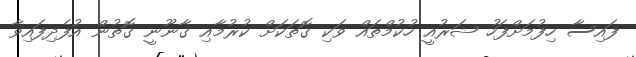
ފައިސާ ހިފުމަށްފަހު ޝަރުއީ ހުކުމްތައް ވަކި ގޮތަކަށް ކުރުމާއި ގާނޫނީ ގޮތުން އުފެދިފައިވާ